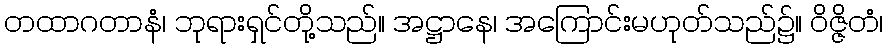
တထာဂတာနံ၊ ဘုရားရှင်တို့သည်။ အဋ္ဌာနေ၊ အကြောင်းမဟုတ်သည်၌။ ဝိဇ္ဇိတံ၊